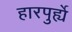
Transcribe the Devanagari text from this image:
हारपुर्ह्ये